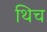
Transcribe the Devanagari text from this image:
थिच